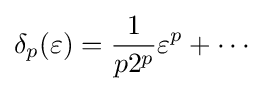
\delta _{p}(\varepsilon )={\frac {1}{p2^{p}}}\varepsilon ^{p}+\cdots